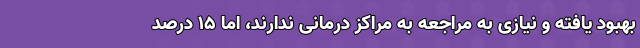
بهبود یافته و نیازی به مراجعه به مراکز درمانی ندارند، اما ۱۵ درصد